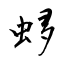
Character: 蛥